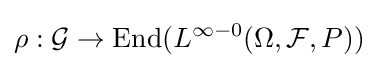
\rho :{\mathcal {G}}\to \operatorname {End} (L^{\infty -0}(\Omega ,{\mathcal {F}},P))